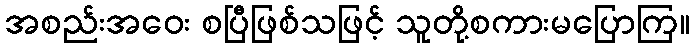
အစည်းအဝေး စပြီဖြစ်သဖြင့် သူတို့စကားမပြောကြ။